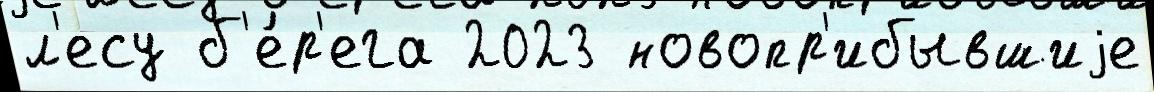
л'есу б'е́р'ега 2023 новопр'ибывшиjе